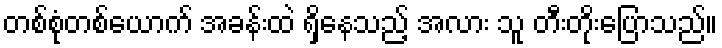
တစ်စုံတစ်ယောက် အခန်းထဲ ရှိနေသည့် အလား သူ တီးတိုးပြောသည်။